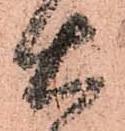
右